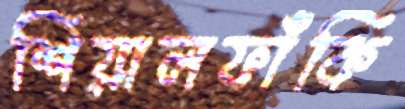
শিয়ালফাঁকি